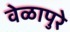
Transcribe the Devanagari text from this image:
वेळापुरे